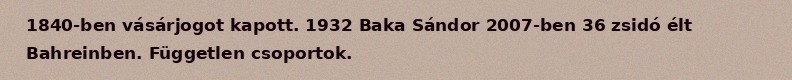
1840-ben vásárjogot kapott. 1932 Baka Sándor 2007-ben 36 zsidó élt Bahreinben. Független csoportok.